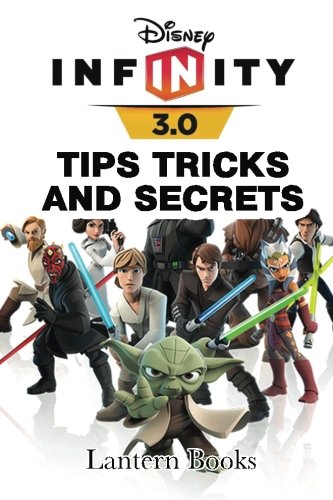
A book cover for Disney Infinity: 3.0 - Tips, Tricks, and Secrets; Lantern Books; Humor & Entertainment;